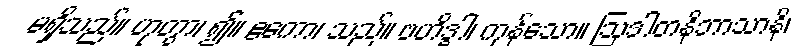
မရှိသည်။ ဟုတွာ၊ ၍။ ဧကော၊ သည်။ ဗဟိဒ္ဓါ၊ ကုန်သော။ ဩဒါတနိဘာသာနိ၊